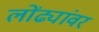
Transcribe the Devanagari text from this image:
लोंढ्यांवर